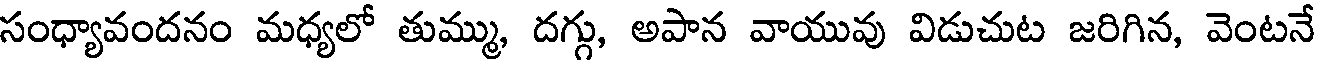
సంధ్యావందనం మధ్యలో తుమ్ము, దగ్గు, అపాన వాయువు విడుచుట జరిగిన, వెంటనే